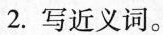
2.写近义词。